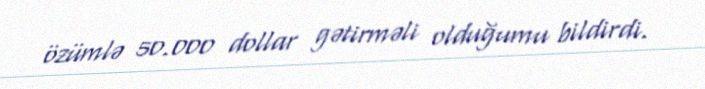
özümlə 50.000 dollar gətirməli olduğumu bildirdi.